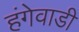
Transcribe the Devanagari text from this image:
हंगेवाडी